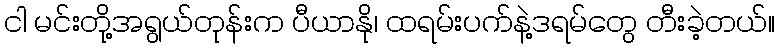
ငါ မင်းတို့အရွယ်တုန်းက ပီယာနို၊ ထရမ်းပက်နဲ့ဒရမ်တွေ တီးခဲ့တယ်။